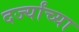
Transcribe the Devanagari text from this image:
दर्ज्यांच्या